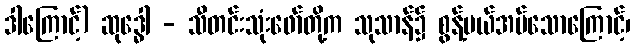
ဒါကြောင့်) ဆုဒ္ဓေါ - သီတင်းသုံးဖော်တို့က သုသာန်၌ စွန့်ပယ်အပ်သောကြောင့်၊